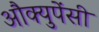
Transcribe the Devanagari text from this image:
औक्युपेंसी